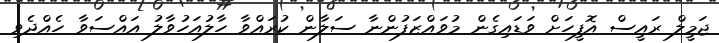
ޖަމީލް ރައީސް އޮފީހަށް ވަޑައިގެން މުވައްޒަފުންނާ ސަލާން ކުރައްވާ ހާލުއަހުވާލު އައްސަވާ ހެއްދެވި